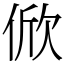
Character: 俽